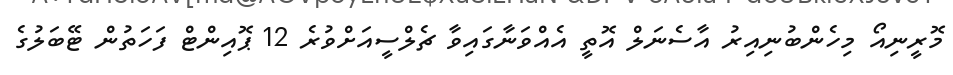
މޮރީނިއޯ މިހެންބުނިއިރު އާސެނަލް އޮތީ އެއްވަނާގައިވާ ޗެލްސީއަށްވުރެ 12 ޕޮއިންޓް ފަހަތުން ޓޭބަލުގެ